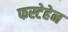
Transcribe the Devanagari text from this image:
फस्टेहेन